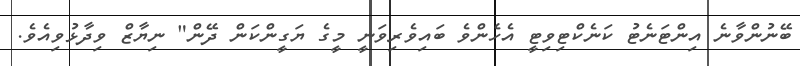
ބޭނުންވާނެ އިންޓަނެޓު ކަނެކްޓިވިޓީ އެހެންވެ ބައިވެރިވަނީ މީގެ ޔަގީންކަން ދޭން" ނިޔާޒް ވިދާޅުވިއެވެ.